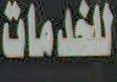
للخدمات